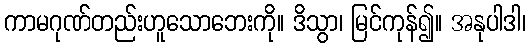
ကာမဂုဏ်တည်းဟူသောဘေးကို။ ဒိသွာ၊ မြင်ကုန်၍။ အနုပါဒါ၊